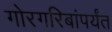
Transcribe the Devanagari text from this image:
गोरगरिबांपर्यंत